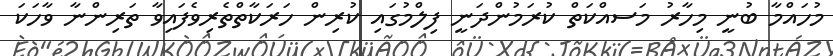
މުހައްމާ ބުނީ މިހާރު މަސއްކަތް ކުރަމުންދަނީ ފިލްމުގައި ކުރިން ހަރަކާތްތެރިވެފައިވާ ތަރިންނާ ވާހަކަ